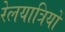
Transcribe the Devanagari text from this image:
रेलयात्रियों